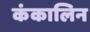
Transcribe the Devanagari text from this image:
कंकालिन